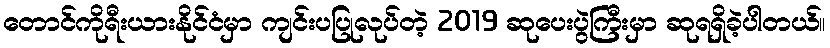
တောင်ကိုရီးယားနိုင်ငံမှာ ကျင်းပပြုလုပ်တဲ့ 2019 ဆုပေးပွဲကြီးမှာ ဆုရရှိခဲ့ပါတယ်။